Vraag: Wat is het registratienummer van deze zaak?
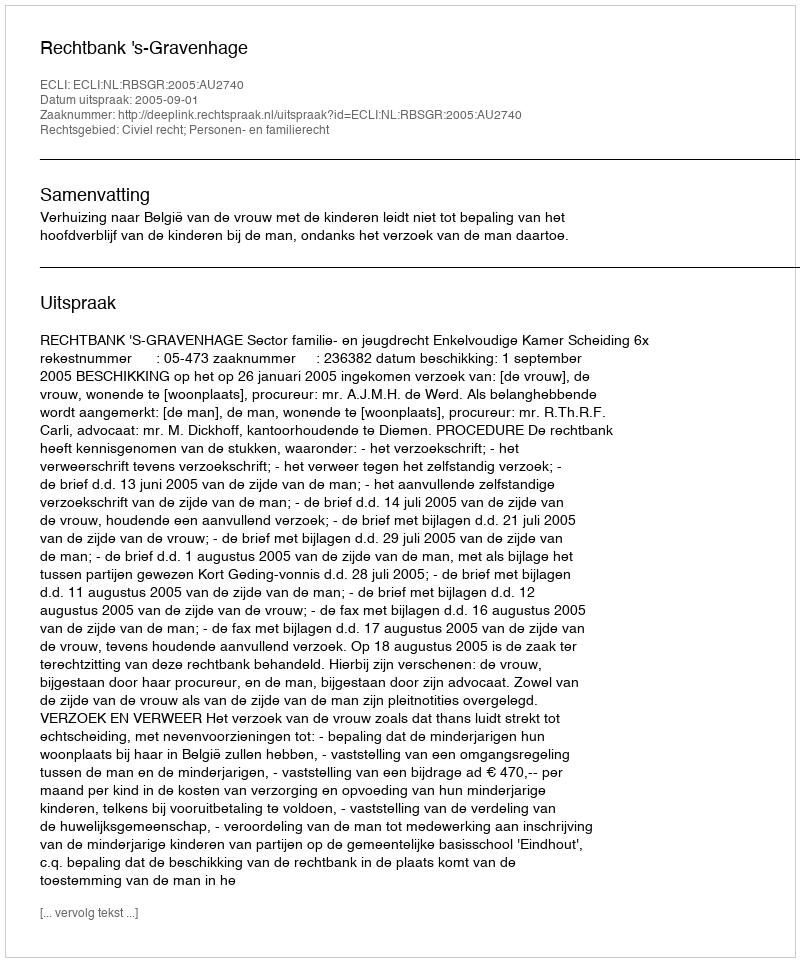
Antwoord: http://deeplink.rechtspraak.nl/uitspraak?id=ECLI:NL:RBSGR:2005:AU2740